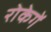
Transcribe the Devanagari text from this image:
रोकेगें